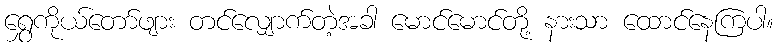
ရွှေကိုယ်တော်ဖျား တင်လျှောက်တဲ့အခါ မောင်မောင်တို့ နားသာ ထောင်နေကြပါ။